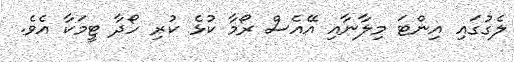
ލެގުގައި އިންޓަ މިލާނާއި އޭއެސް ރޯމާ ކުޅެ ކުރި ހޯދާ ޓީމަކާ އެވެ.